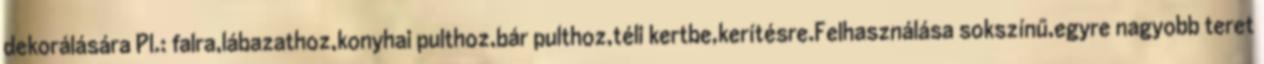
dekorálására Pl.: falra,lábazathoz,konyhai pulthoz,bár pulthoz,téli kertbe,kerítésre.Felhasználása sokszínű,egyre nagyobb teret